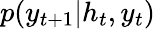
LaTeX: p(y_{t+1}|h_{t},y_{t})